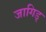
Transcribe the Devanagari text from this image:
जागिड्